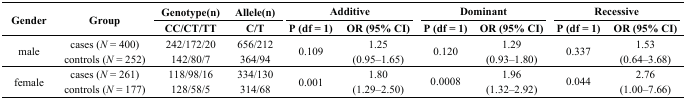
| <ROWSPAN=2> Gender | <ROWSPAN=2> Group | Genotype(n) | Allele(n) | <COLSPAN=2> Additive | <COLSPAN=2> Dominant | <COLSPAN=2> Recessive |
 | CC/CT/TT | C/T | P (df = 1) | OR (95% CI) | P (df = 1) | OR (95% CI) | P (df = 1) | OR (95% CI) |
 | --- | --- | --- | --- | --- | --- | --- | --- | --- | --- |
 | <ROWSPAN=2> male | cases (N = 400) | 242/172/20 | 656/212 | <ROWSPAN=2> 0.109 | <ROWSPAN=2> 1.25 (0.95–1.65) | <ROWSPAN=2> 0.120 | <ROWSPAN=2> 1.29 (0.93–1.80) | <ROWSPAN=2> 0.337 | <ROWSPAN=2> 1.53 (0.64–3.68) |
 | controls (N = 252) | 142/80/7 | 364/94 |
 | <ROWSPAN=2> female | cases (N = 261) | 118/98/16 | 334/130 | <ROWSPAN=2> 0.001 | <ROWSPAN=2> 1.80 (1.29–2.50) | <ROWSPAN=2> 0.0008 | <ROWSPAN=2> 1.96 (1.32–2.92) | <ROWSPAN=2> 0.044 | <ROWSPAN=2> 2.76 (1.00–7.66) |
 | controls (N = 177) | 128/58/5 | 314/68 |